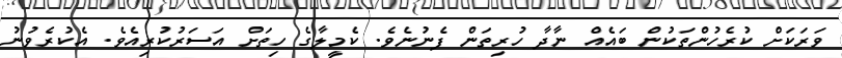
ވަރަކަށް ކުރެހުންތަކުން ބައެއް ނާދާ ހުރިތަން ފެނުނެވެ. ކެމީލާގެ ހިތަށް އަސަރުކުރިއެވެ. އެކުރެވުނު